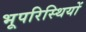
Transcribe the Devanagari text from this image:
भूपरिस्थियों